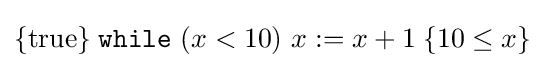
\{\mathrm {true} \}\;{\mathtt {while}}\ (x<10)\ x:=x+1\;\{10\leq x\}